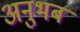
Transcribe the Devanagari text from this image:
अनुभब